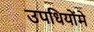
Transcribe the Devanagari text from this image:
उपधियोंमे